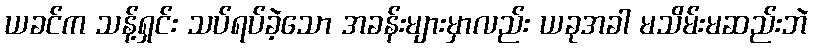
ယခင်က သန့်ရှင်း သပ်ရပ်ခဲ့သော အခန်းများမှာလည်း ယခုအခါ မသိမ်းမဆည်းဘဲ